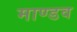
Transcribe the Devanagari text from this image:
माण्डव